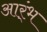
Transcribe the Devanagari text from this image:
आर्ंभ